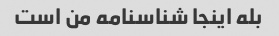
بله اینجا شناسنامه من است